Leprosy in India: report of the Leprosy Commission in India, 1890-91
Year: 1890
Disease focus: Leprosy
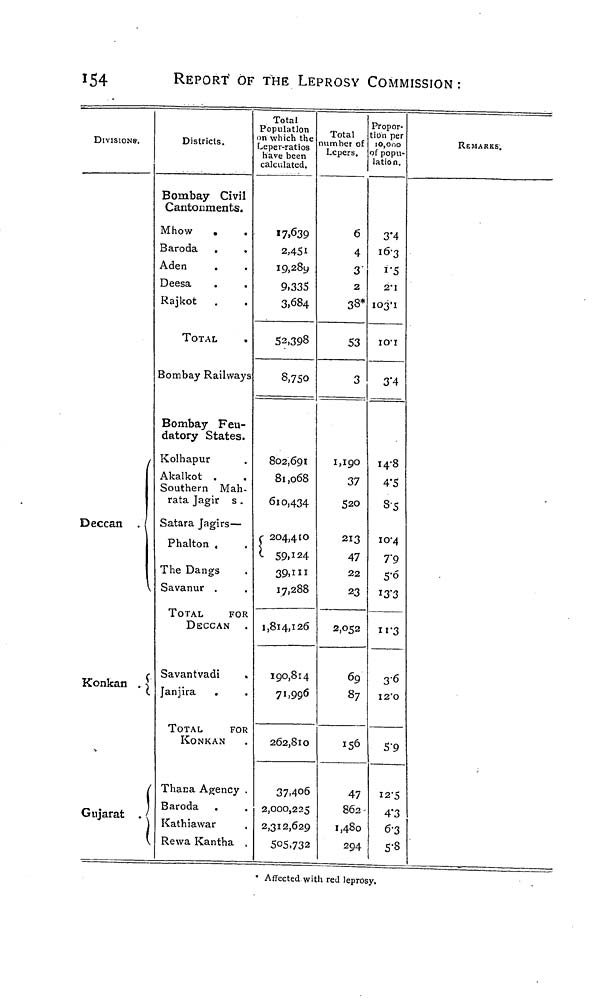
154
REPORT OF THE LEPROSY COMMISSION:
DIVISIONS.
Deccan
Konkan
Gujarat .
Districts.
Bombay Civil
Cantonments
Mhow
Baroda
Aden
Deesa
Rajkot
TOTAL
Bombay Railways
Bombay Feu-
datory States.
Kolhapur
Akalkot
Southern Mah-
rata Jagir s .
Satara Jagirs—
Phalton .
The Dangs
Savanur
TOTAL
FOR
DECCAN
Savantvadi
Janjira
TOTAL
FOR
KONKAN
' Thana Agency
Baroda
Kathiawar
Rewa Kantha
Total
Population
on which the
Leper-ratios
have been
calculated.
17,639
2,451
19,289
9.335
3,684
52,398
8,750
802,691
81,068
610,434
204,410
59,124
39.111
17,288
1,814,126
190,814
71,996
262,810
37.40
2,000,22
2,312,62
505.73
Total
lumber of
Lepers.
6
4
3'
2
38*
S3
3
1,190
37
520
213
47
22
23
2,052
69
i
8;
156
6
4
5
86
1,48
2
29
Propor-
tion per
10,000
of popu-
lation.
3.4
16.3
1.5
2.1
103.1
10.1
3.4
14.8
4.5
8.5
10.4
7.9
5.6
13.3
11.3
)
3.6
12.0
5.9
12.5
4.3
0
6.
5.8
REMARKS.
3
3
• Affected with red leprosy.